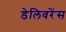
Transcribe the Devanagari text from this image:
डेलिवरेंस